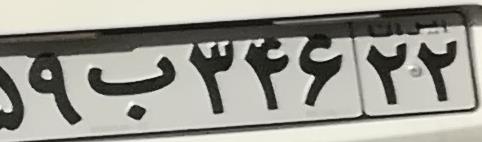
۵۹ب۳۴۶۲۲